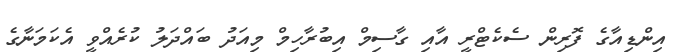
އިންޑިއާގެ ފޮރިން ސެކެޓްރީ އާއި ގާސިމް އިބުރާހިމް މިއަދު ބައްދަލު ކުރެއްވީ އެކަމަނާގެ